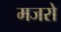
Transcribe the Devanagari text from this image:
मजरो